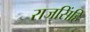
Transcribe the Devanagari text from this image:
राजसिंहि